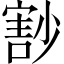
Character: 𡮞